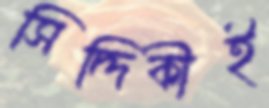
সিদ্দিকীই